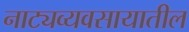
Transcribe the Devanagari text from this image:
नाट्यव्यवसायातील